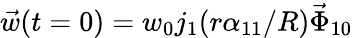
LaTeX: \vec{w}(t=0)=w_{0}j_{1}(r\alpha_{11}/R)\vec{\Phi}_{10}